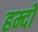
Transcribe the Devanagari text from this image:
हम्दो